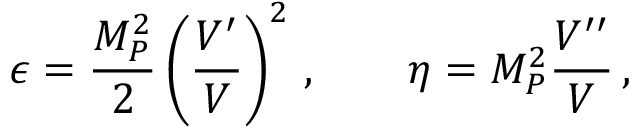
\epsilon = \frac { M _ { P } ^ { 2 } } { 2 } \left( \frac { V ^ { \prime } } { V } \right) ^ { 2 } \, , \qquad \eta = M _ { P } ^ { 2 } \frac { V ^ { \prime \prime } } { V } \, ,